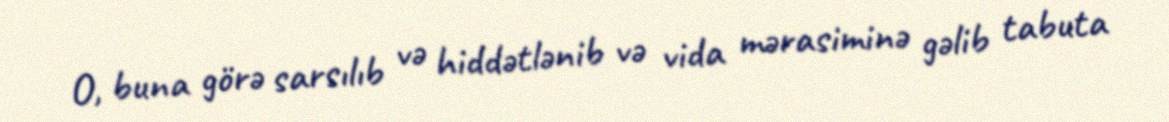
O, buna görə sarsılıb və hiddətlənib və vida mərasiminə gəlib tabuta